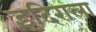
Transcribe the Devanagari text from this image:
इंदिराला